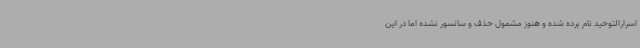
اسرارالتوحید نام برده شده و هنوز مشمول حذف و سانسور نشده اما در این